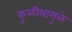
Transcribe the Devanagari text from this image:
कुळीथामुळे